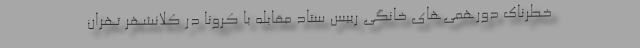
خطرناک دورهمی‌های خانگی رییس ستاد مقابله با کرونا در کلانشهر تهران